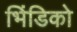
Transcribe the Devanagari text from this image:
भिंडिको